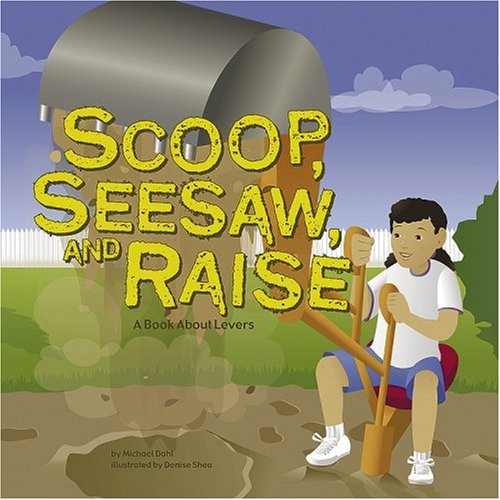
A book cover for Scoop, Seesaw, and Raise: A Book About Levers (Amazing Science: Simple Machines); Michael Dahl; Children's Books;